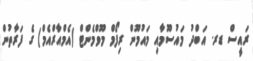
ރައީސް ޑރ. އަބްދު މައުސޫމާއި މައުމޫން ރިފޯމް މޫވްމެންޓް (އެމްއާރްއެމް) ގެ ފަރާތުން